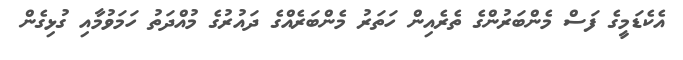
އެކެޑަމީގެ ފަސް މެންބަރުންގެ ތެރެއިން ހަތަރު މެންބަރެއްގެ ދައުރުގެ މުއްދަތު ހަމަވުމާއި ގުޅިގެން